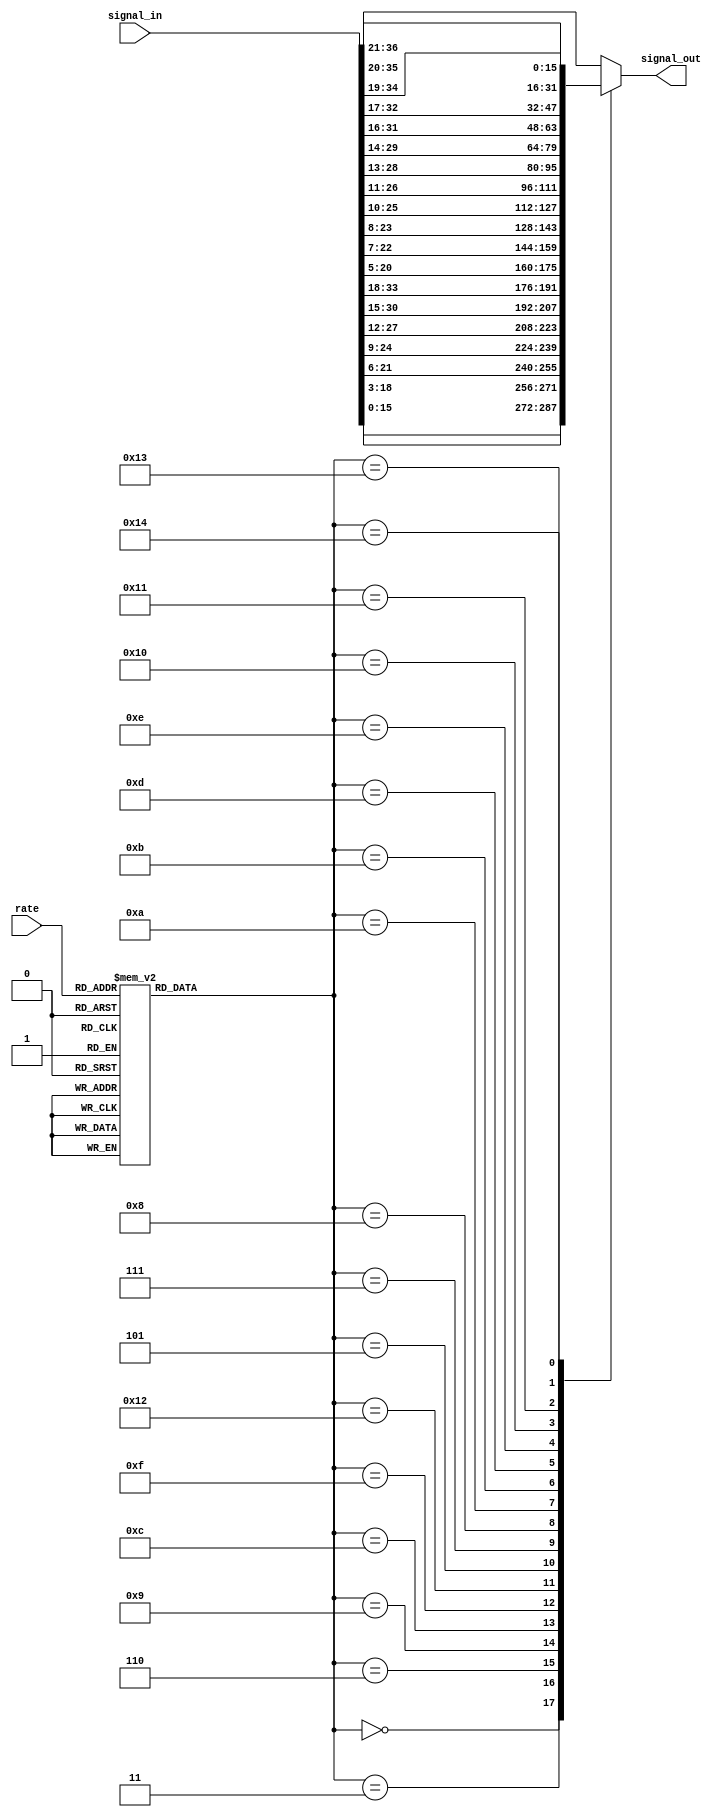
module cic_int_shifter(rate,signal_in,signal_out);
   parameter bw = 16;
   parameter maxbitgain = 21;
   input [7:0] rate;
   input       wire [bw+maxbitgain-1:0] signal_in;
   output      reg [bw-1:0] signal_out;
   function [4:0] bitgain;
      input [7:0] rate;
      case(rate)
	8'd1 : bitgain = 0;
	8'd2 : bitgain = 3;
	8'd4 : bitgain = 6;
	8'd8 : bitgain = 9;
	8'd16 : bitgain = 12;
	8'd32 : bitgain = 15;
	8'd64 : bitgain = 18;
	8'd128 : bitgain = 21;
	8'd3 : bitgain = 5;
	8'd5 : bitgain = 7;
	8'd6 : bitgain = 8;
	8'd7 : bitgain = 9;
	8'd9,8'd10 : bitgain = 10;
	8'd11,8'd12 : bitgain = 11;
	8'd13,8'd14,8'd15 : bitgain = 12;
	8'd17,8'd18,8'd19,8'd20 : bitgain = 13;
	8'd21,8'd22,8'd23,8'd24,8'd25 : bitgain = 14;
	8'd26,8'd27,8'd28,8'd29,8'd30,8'd31 : bitgain = 15;
	8'd33,8'd34,8'd35,8'd36,8'd37,8'd38,8'd39,8'd40 : bitgain = 16;
	8'd41,8'd42,8'd43,8'd44,8'd45,8'd46,8'd47,8'd48,8'd49,8'd50 : bitgain = 17;
	8'd51,8'd52,8'd53,8'd54,8'd55,8'd56,8'd57,8'd58,8'd59,8'd60,8'd61,8'd62,8'd63 : bitgain = 18;
	8'd65,8'd66,8'd67,8'd68,8'd69,8'd70,8'd71,8'd72,8'd73,8'd74,8'd75,8'd76,8'd77,8'd78,8'd79,8'd80 : bitgain = 19;
	8'd81,8'd82,8'd83,8'd84,8'd85,8'd86,8'd87,8'd88,8'd89,8'd90,8'd91,8'd92,8'd93,8'd94,8'd95,8'd96,8'd97,8'd98,8'd99,8'd100,8'd101 : bitgain = 20;
	default : bitgain = 21;
      endcase 
   endfunction 
   wire [4:0] 	  shift = bitgain(rate);
   always @*
     case(shift)
       5'd0  : signal_out = signal_in[0+bw-1:0];
       5'd3  : signal_out = signal_in[3+bw-1:3];
       5'd6  : signal_out = signal_in[6+bw-1:6];
       5'd9  : signal_out = signal_in[9+bw-1:9];
       5'd12 : signal_out = signal_in[12+bw-1:12];
       5'd15 : signal_out = signal_in[15+bw-1:15];
       5'd18 : signal_out = signal_in[18+bw-1:18];
       5'd21 : signal_out = signal_in[21+bw-1:21];
       5'd5  : signal_out = signal_in[5+bw-1:5];
       5'd7  : signal_out = signal_in[7+bw-1:7];
       5'd8  : signal_out = signal_in[8+bw-1:8];
       5'd10 : signal_out = signal_in[10+bw-1:10];
       5'd11 : signal_out = signal_in[11+bw-1:11];
       5'd13 : signal_out = signal_in[13+bw-1:13];
       5'd14 : signal_out = signal_in[14+bw-1:14];
       5'd16 : signal_out = signal_in[16+bw-1:16];
       5'd17 : signal_out = signal_in[17+bw-1:17];
       5'd19 : signal_out = signal_in[19+bw-1:19];
       5'd20 : signal_out = signal_in[20+bw-1:20];
       default : signal_out = signal_in[21+bw-1:21];
     endcase 
endmodule